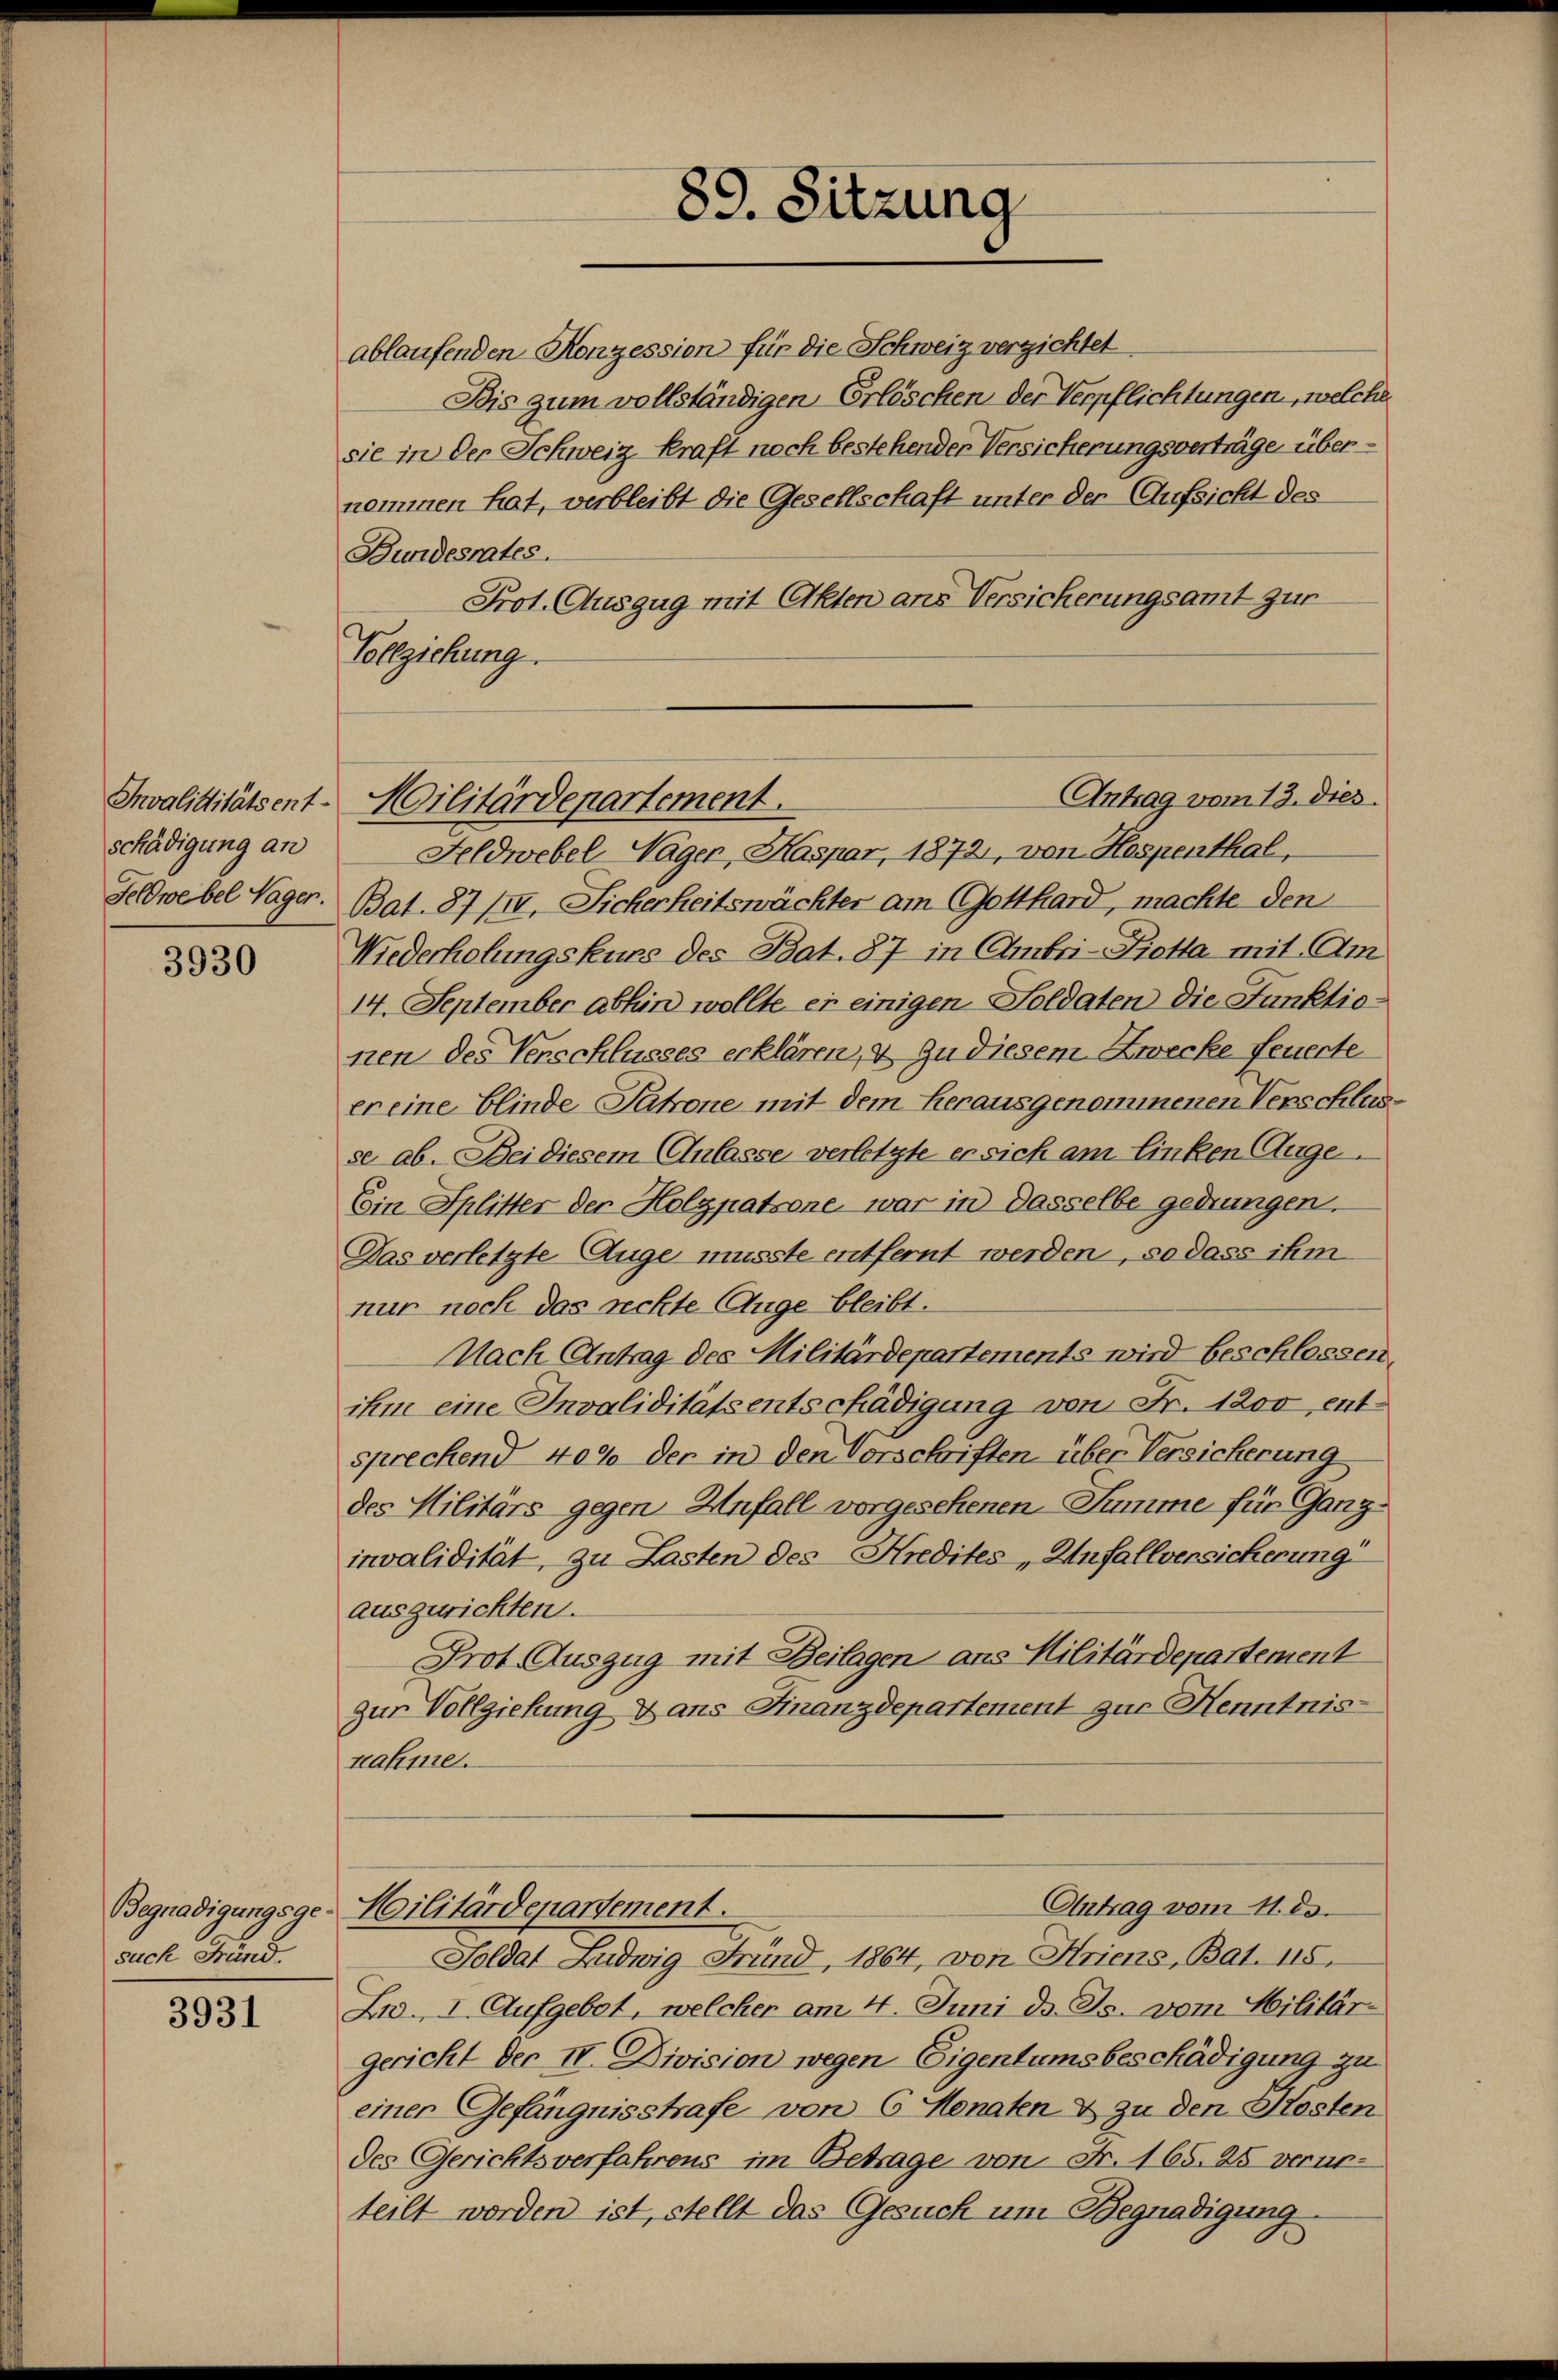
Invaliditätsent-
schädigung an
Feldwebel Sager.

3930

ablaufenden Konzession für die Schweiz verzichtet.
Bis zum vollständigen Erlöschen der Verpflichtungen, welche
sie in der Schweiz Kraft noch bestehenden Versicherungsverträge übernommen hat, verbleibt die Gesellschaft unter der Aufsicht des
Bundesrates.
Prot. Auszug mit Akten ans Versicherungsamt zur
Vollziehung.

such Fründ

3931

Militärdepartement.

Feldwebel Nager, Kaspar, 1872, von Hospenthal,
Bat. 87 IIV, Sicherheitswächter am Gotthard, machte den
Wiederholungskurs des Bat. 87 in Ambri-Piotta mit Am
14. September abhin wollte er einigen Soldaten die Funktionen des Verschlusses erklären, & zu diesem Zwecke feuerte
er eine blinde Patrone mit dem herausgenommenen Verschlusse ab. Bei diesem Anlasse verletzte er sich am linken Auge
Ein Splitter der Holzpatsone, war in dasselbe gedrungen.
Das verletzte Auge musste entfernt werden, so dass ihm
nur noch das rechte Auge bleibt.
Nach Antrag des Militärdepartements wird beschlossen.
ihm eine Invaliditätsentschädigung von Fr. 1200, entsprechend 409 der in den Vorschriften über Versicherung
des Militärs gegen Unfall vorgesehenen Summe für Ganginvalidität, zu Lasten des Kredites Anfallversicherung
auszurichten.
Prot. Auszug mit Beilagen ans Militärdepartement
zur Vollziehung & ans Finanzdepartement zur Henntnis-
kahme.

89. Sitzung

Antrag vom 13. dies

Antrag vom 11. 23.
Begnadigungsge-Militärdepartement.

Soldat Ludwig Fründ, 1864, von Hriens, Bat. 115.
Lid. I. Aufgebet, welcher am 4. Juni d. Js. vom Militär-
gericht der IV. Division wegen Eigentumsbeschädigung zu
einer Gefängnisstrafe von 6 Monaten & zu den Kosten
des Gerichtsverfahrens im Betrage von Fr. 165. 25 verurteilt worden ist, stellt das Gesuch um Begnadigung